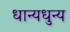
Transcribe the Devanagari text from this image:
धान्यधुन्य